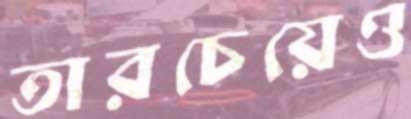
তারচেয়েও